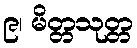
၉၊ မိတ္တသုတ္တ